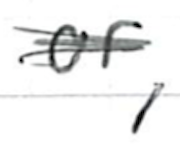
Text: or,
Cross-out: scratch
Writing tool: ballpoint